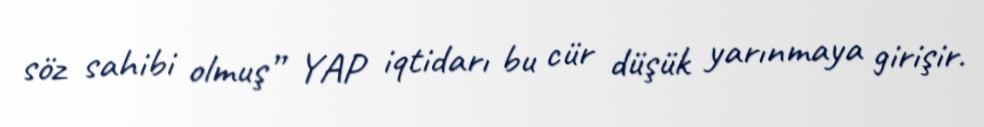
söz sahibi olmuş” YAP iqtidarı bu cür düşük yarınmaya girişir.